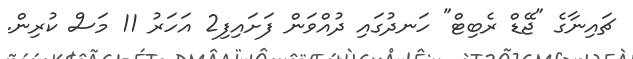
ޗައިނާގެ "ޖޭޑް ރެބިޓް" ހަނދުގައި ދުއްވަން ފަށައިފި2 އަހަރު 11 މަސް ކުރިން.